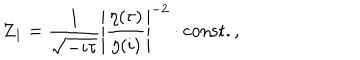
Z _ { 1 } = \frac { 1 } { \sqrt { - i \tau } } \left| \frac { \eta ( \tau ) } { \eta ( i ) } \right| ^ { - 2 } \cdot \mathrm { c o n s t . } \, ,